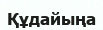
Құдайыңа